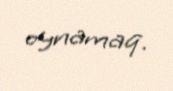
oynamaq.